Account of plague administration in the Bombay Presidency from September 1896 till May 1897
Year: 1896
Disease focus: Plague
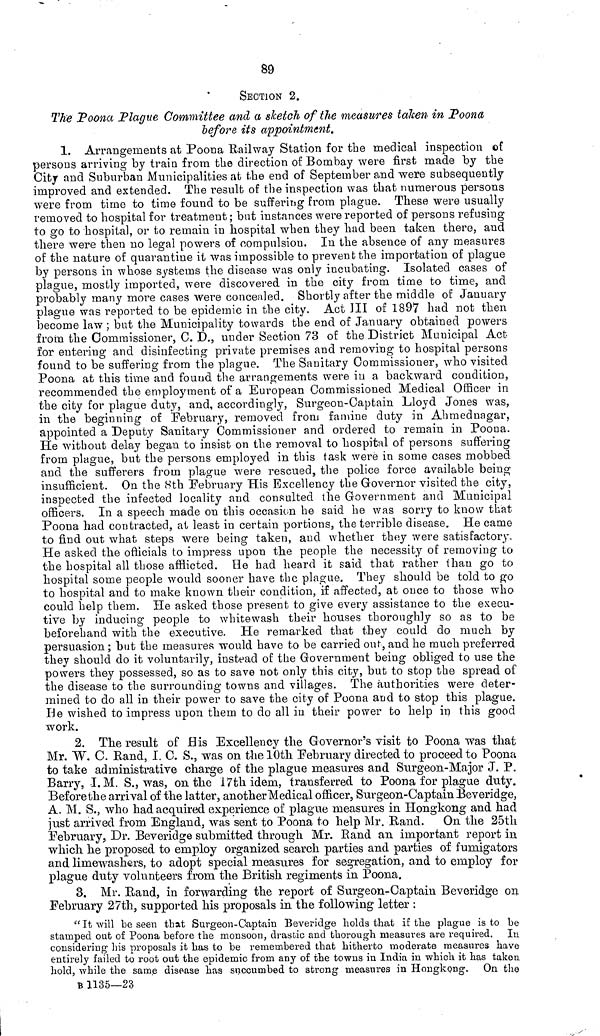
89
SECTION 2.
The Poona Plague Committee and a sketch of the measures taken in Poona
before its appointment.
1. Arrangements at Poona Railway Station for the medical inspection of
persons arriving by train from the direction of Bombay were first made by the
City and Suburban Municipalities at the end of September and were subsequently
improved and extended. The result of the inspection was that numerous persons
were from time to time found to be suffering from plague. These were usually
removed to hospital for treatment ; but instances were reported of persons refusing
to go to hospital, or to remain in hospital when they had been taken there, and
there were then no legal powers of compulsion. In the absence of any measures
of the nature of quarantine it was impossible to prevent the importation of plague
by persons in whose systems the disease was only incubating. Isolated cases of
plague, mostly imported, were discovered in the city from time to time, and
probably many more cases were concealed. Shortly after the middle of January
plague was reported to be epidemic in the city, Act III of 1897 had not then
become law; but the Municipality towards the end of January obtained powers
from the Commissioner, C. D., under Section 73 of the District Municipal Act
for entering and disinfecting private premises and removing to hospital persons
found to be suffering from the plague. The Sanitary Commissioner, who visited
Poona at this time and found the arrangements were in a backward condition,
recommended the employment of a European Commissioned Medical Officer in
the city for plague duty s and, accordingly, Surgeon-Captain Lloyd Jones was,
in the beginning of February, removed from famine duty in Ahmednagar,
appointed a Deputy Sanitary Commissioner and ordered to remain in Poona.
He without delay began to insist on the removal to hospital of persons suffering
from plague, but the persons employed in this task were in some cases mobbed
and the sufferers from plague were rescued, the police force available being
insufficient. On the 8th February His Excellency the Governor visited the city,
inspected the infected locality and consulted the Government and Municipal
officers. In a speech made on this occasion he said he was sorry to know that
Poona had contracted, at least in certain portions, the terrible disease. He came
to find out what steps were being taken, and whether they were satisfactory.
He asked the officials to impress upon the people the necessity of removing to
the hospital all those afflicted. He had heard it said that rather than go to
hospital some people would sooner have the plague. They should be told to go
to hospital and to make known their condition, if affected, at once to those who
could help them. He asked those present to give every assistance to the execu-
tive by inducing people to whitewash their houses thoroughly so as to be
beforehand with the executive. He remarked that they could do much by
persuasion ; but the measures would have to be carried out, and he much preferred
they should do it voluntarily, instead of the Government being obliged to use the
powers they possessed, so as to save not only this city, but to stop the spread of
the disease to the surrounding towns and villages. The authorities were deter-
mined to do all in their power to save the city of Poona and to stop this plague.
He wished to impress upon them to do all in their power to help in this good
work.
2. The result of His Excellency the Governor's visit to Poona was that
Mr. W. C. Rand, I. C. S., was on the 10th February directed to proceed to Poona
to take administrative charge of the plague measures and Surgeon-Major J. P.
Barry, I. M. S., was, on the 17th idem, transferred to Poona for plague duty.
Before the arrival of the latter, another Medical officer, Surgeon-Captain Beveridge,
A. M. S., who had acquired experience of plague measures in Hongkong and had
just arrived from England, was "sent to Poona to help Mr. Band. On the 25th
February, Dr. Beveridge submitted through Mr. Rand an important report in
which he proposed to employ organized search parties and parties of fumigators
and limewashers, to adopt special measures for segregation, and to employ for
plague duty volunteers from the British regiments in Poona.
3. Mr. Rand, in forwarding the report of Surgeon-Captain Beveridge on
February 27th, supported his proposals in the following letter :
"It will be seen that Surgeon-Captain Beveridge holds that if the plague is to be
stamped out of Poona before the monsoon, drastic and thorough measures are required. In
considering his proposals it has to be remembered that hitherto moderate measures have
entirely failed to root out the epidemic from any of the towns in India in which it has taken
hold, while the same disease has succumbed to strong measures in Hongkong. On the
B 1135—23